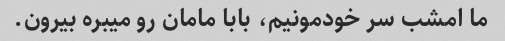
ما امشب سر خودمونیم، بابا مامان رو میبره بیرون.